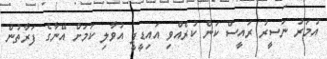
އުމަރު ނަސީރު ރައީސް ކަން ކުރެއްވި އައިޑީޕީ އުވާލި ކަމަށް އޭނާގެ ފަރާތުން